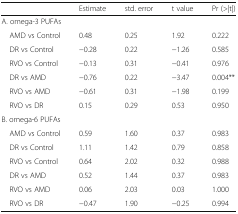
<table><thead><tr><td></td><td><b>Estimate</b></td><td><b>std. error</b></td><td><b>t value</b></td><td><b>Pr (&gt;|t|)</b></td></tr></thead><tbody><tr><td colspan="5">A. omega-3 PUFAs</td></tr><tr><td> AMD vs Control</td><td>0.48</td><td>0.25</td><td>1.92</td><td>0.222</td></tr><tr><td> DR vs Control</td><td>−0.28</td><td>0.22</td><td>−1.26</td><td>0.585</td></tr><tr><td> RVO vs Control</td><td>−0.13</td><td>0.31</td><td>−0.41</td><td>0.976</td></tr><tr><td> DR vs AMD</td><td>−0.76</td><td>0.22</td><td>−3.47</td><td>0.004**</td></tr><tr><td> RVO vs AMD</td><td>−0.61</td><td>0.31</td><td>−1.98</td><td>0.199</td></tr><tr><td> RVO vs DR</td><td>0.15</td><td>0.29</td><td>0.53</td><td>0.950</td></tr><tr><td colspan="5">B. omega-6 PUFAs</td></tr><tr><td> AMD vs Control</td><td>0.59</td><td>1.60</td><td>0.37</td><td>0.983</td></tr><tr><td> DR vs Control</td><td>1.11</td><td>1.42</td><td>0.79</td><td>0.858</td></tr><tr><td> RVO vs Control</td><td>0.64</td><td>2.02</td><td>0.32</td><td>0.988</td></tr><tr><td> DR vs AMD</td><td>0.52</td><td>1.44</td><td>0.37</td><td>0.983</td></tr><tr><td> RVO vs AMD</td><td>0.06</td><td>2.03</td><td>0.03</td><td>1.000</td></tr><tr><td> RVO vs DR</td><td>−0.47</td><td>1.90</td><td>−0.25</td><td>0.994</td></tr></tbody></table>